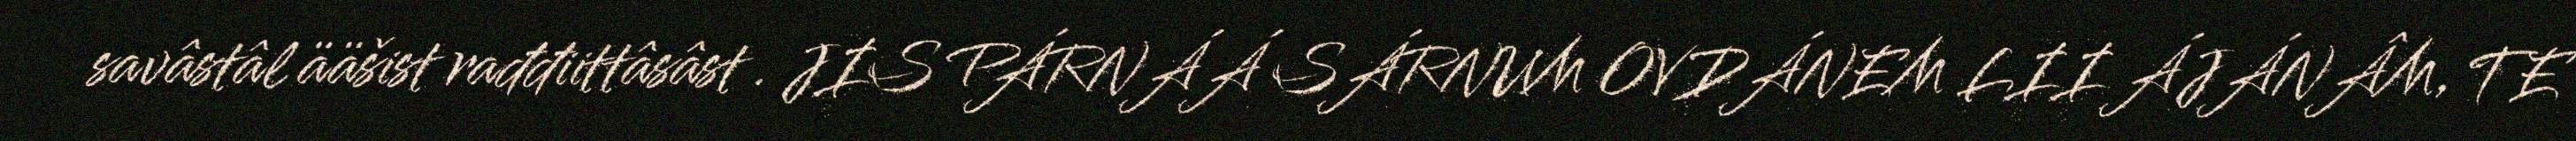
savâstâl ääšist rađđiittâsâst . JIS PÁRNÁÁ SÁRNUM OVDÁNEM LII ÁJÁNÂM, TE